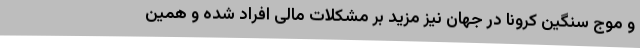
و موج سنگین کرونا در جهان نیز مزید بر مشکلات مالی افراد شده و همین